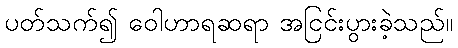
ပတ်သက်၍ ဝေါဟာရဆရာ အငြင်းပွားခဲ့သည်။